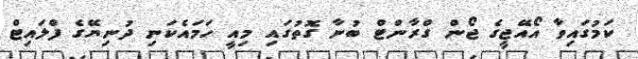
ކަމުގައިވާ އޯއޭޖީގެ ޖޯން ގްރާންޓް ބުނާ ގޮތުގައި މިއީ ހަމައެކަނި ދުނިޔޭގެ ފްލައިޓް